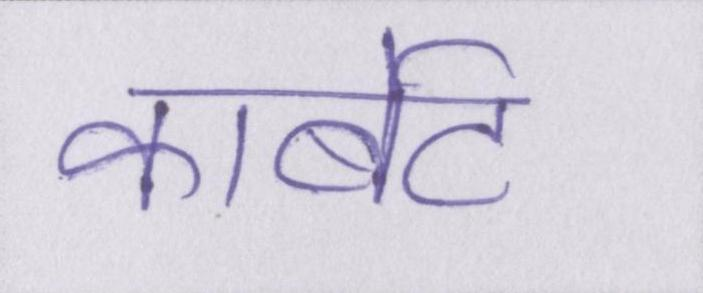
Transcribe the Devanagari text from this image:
कार्बेट